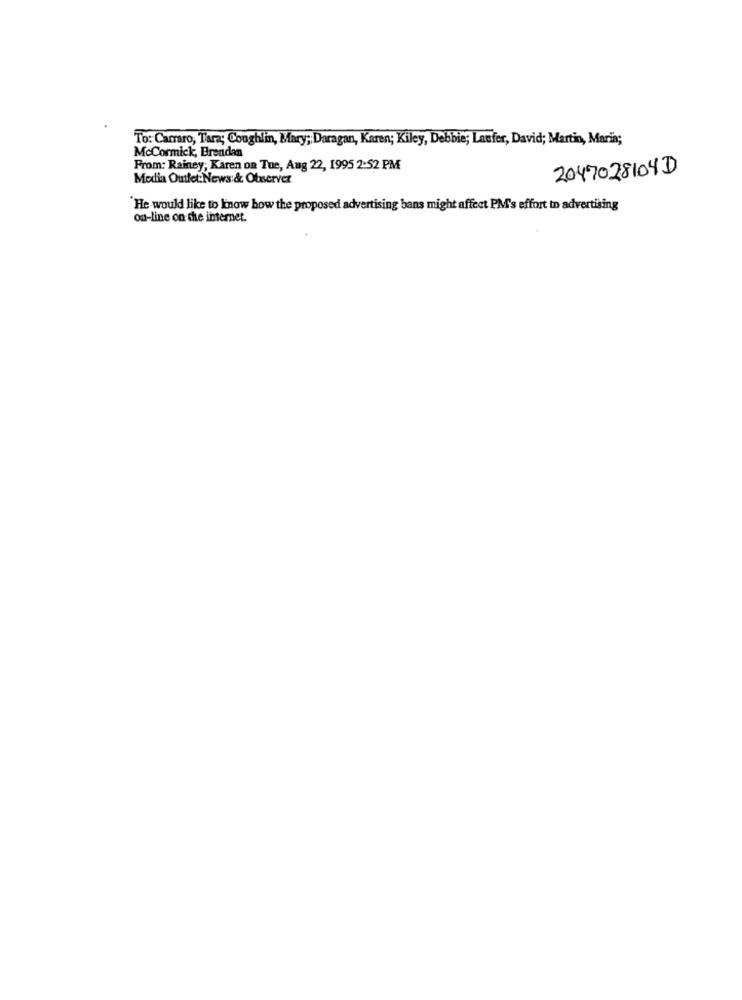
To: Carro, Tara; Coughlin, Mary; Daragan, Karen; Kiley, Debbie; Laufer, David; Martin, Maria;
McCormick, Brendan
From: Rainey, Karen on Tue, Aug 22, 1995 2:52 PM
2047028104D
Media Outlet:News:& Observer
He would like to know how the proposed advertising bans might affect PM's effort to advertising
on-line on the internet.